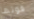
قوتها